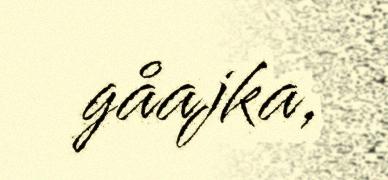
gåajka,